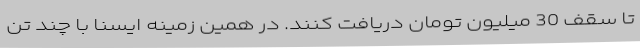
تا سقف 30 میلیون تومان دریافت کنند. در همین زمینه ایسنا با چند تن